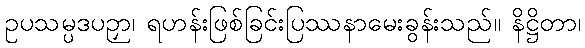
ဥပသမ္ပဒပဉှာ၊ ရဟန်းဖြစ်ခြင်းပြဿနာမေးခွန်းသည်။ နိဋ္ဌိတာ၊